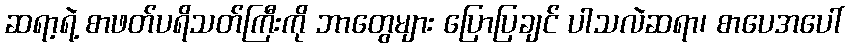
ဆရာ့ရဲ့ စာဖတ်ပရိသတ်ကြီးကို ဘာတွေများ ပြောပြချင် ပါသလဲဆရာ၊ စာပေအပေါ်